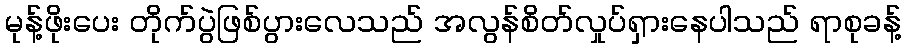
မုန့်ဖိုးပေး တိုက်ပွဲဖြစ်ပွားလေသည် အလွန်စိတ်လှုပ်ရှားနေပါသည် ရာစုခန့်